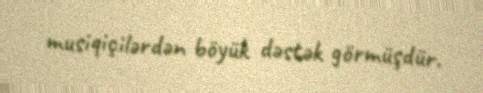
musiqiçilərdən böyük dəstək görmüşdür.